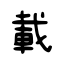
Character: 載